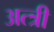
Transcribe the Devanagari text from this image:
अत्त्री